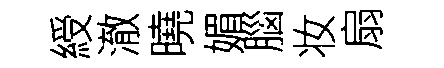
綬澈曉媚腦妆扇